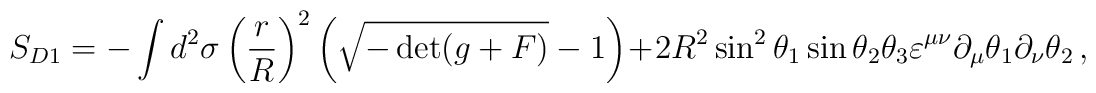
S_{D1} = -\int d^2\sigma \left(\frac rR\right)^2\left(\sqrt{-\det( g + F )} - 1\right) + 2 R^2 \sin^2\theta_1 \sin\theta_2\theta_3 \varepsilon^{\mu\nu}\partial_\mu\theta_1 \partial_\nu  \theta_2\,,